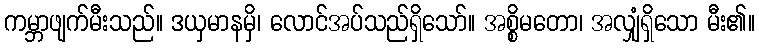
ကမ္ဘာဖျက်မီးသည်။ ဒယှမာနမှိ၊ လောင်အပ်သည်ရှိသော်။ အစ္စိမတော၊ အလျှံရှိသော မီး၏။